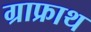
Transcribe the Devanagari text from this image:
ग्राफ्राथ